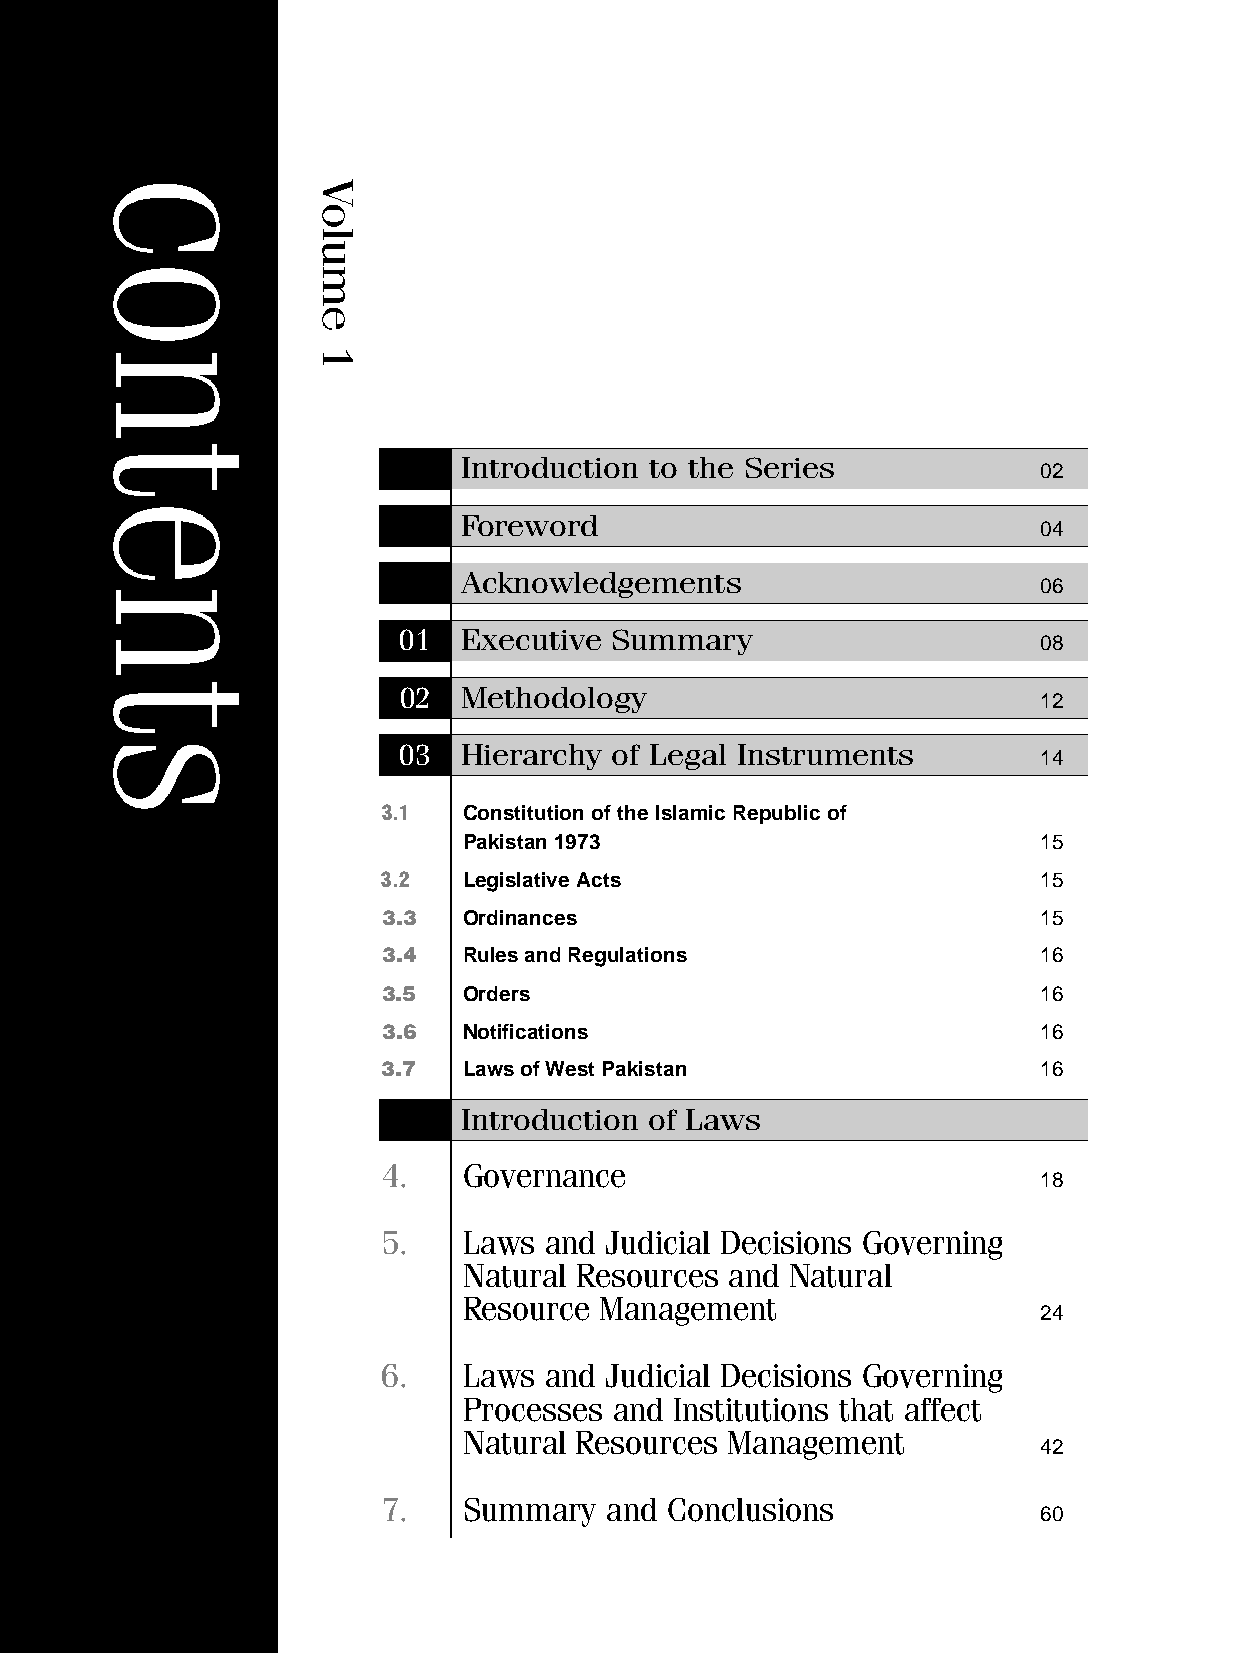
Introduction to the Series
 02
 Foreword
 04
 Acknowledgements
 06
 01   Executive Summary
 08
 02   Methodology
 12
 03  Hierarchy of Legal Instruments
 14
 3.1   Constitution of the Islamic Republic of
 Pakistan 1973                         15
 3.2   Legislative Acts                      15
 3.3   Ordinances                            15
 3.4   Rules and Regulations                 16
 3.5   Orders                                16
 3.6   Notifications                         16
 3.7   Laws of West Pakistan                 16
 Introduction of Laws
 4.    Governance
 18
 5.    Laws and Judicial Decisions Governing
 Natural Resources and Natural
 Resource Management
 24
 6.    Laws and Judicial Decisions Governing
 Processes and Institutions that affect
 Natural Resources Management
 42
 7.    Summary  and Conclusions
 60